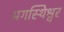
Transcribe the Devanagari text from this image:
अगस्थिश्वर